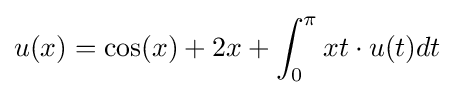
u(x)=\cos(x)+2x+\int _{0}^{\pi }xt\cdot u(t)dt